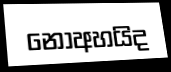
නොඅහයිද